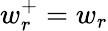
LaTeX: w_{r}^{+}=w_{r}